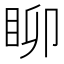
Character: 𥄸